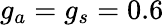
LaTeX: g_{a}=g_{s}=0.6